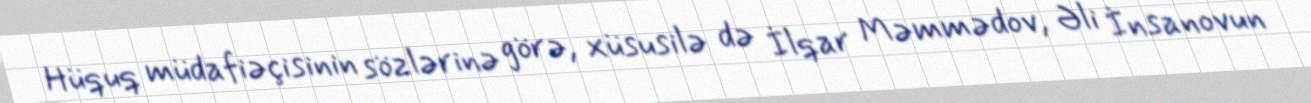
Hüquq müdafiəçisinin sözlərinə görə, xüsusilə də İlqar Məmmədov, Əli İnsanovun